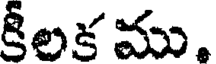
కీలక ము.